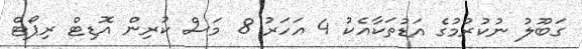
ގަބޫލު ނުކުރުމުގެ އަޑުތަކާއެކު 4 އަހަރު 8 މަސް ކުރިން އޮޑިޓް ރިޕޯޓް